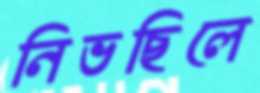
নিভছিলে